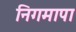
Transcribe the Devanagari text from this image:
निगमापा